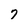
Character: 7